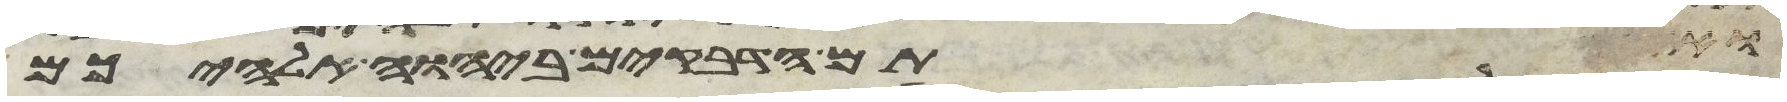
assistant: ואתם הדביקים ביהוה אלהיכם